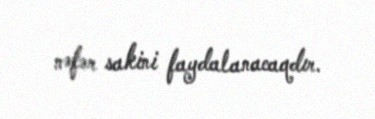
nəfər sakini faydalanacaqdır.